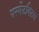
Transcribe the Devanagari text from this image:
पर्स्पेटक्टिव